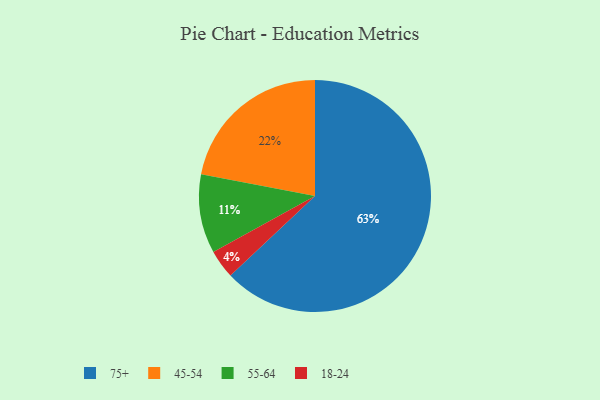
{"axis": {"x": "Category", "y": "Percentage"}, "legend": ["18-24", "45-54", "55-64", "75+"], "data": [{"x": "18-24", "y": 4, "type": "18-24"}, {"x": "55-64", "y": 11, "type": "55-64"}, {"x": "75+", "y": 63, "type": "75+"}, {"x": "45-54", "y": 22, "type": "45-54"}]}